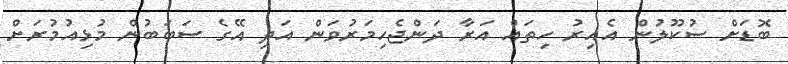
ބޮޑަށް ސުކޫލުން އެއިރު ހިތައް އަރާ ދަންޖެހިމަރުވަން އަދި އޭގެެ ސަބަބުން މުޅިއުމުރަށް